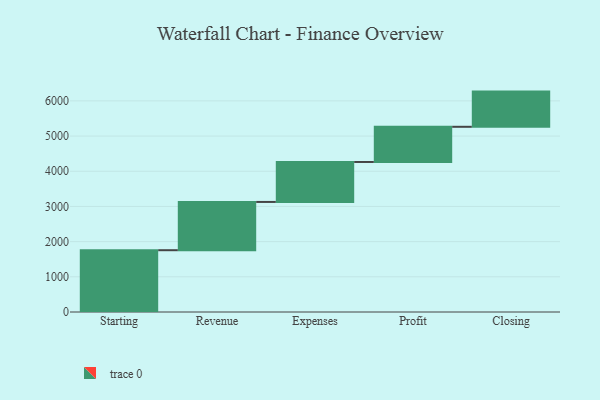
{"axis": {"x": "Step", "y": "Value"}, "legend": [""], "data": [{"x": "Starting", "y": 1756.0, "type": ""}, {"x": "Revenue", "y": 1372.0, "type": ""}, {"x": "Expenses", "y": 1136.0, "type": ""}, {"x": "Profit", "y": 1000, "type": ""}, {"x": "Closing", "y": 1000, "type": ""}]}